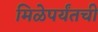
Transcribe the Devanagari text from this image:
मिळेपर्यंतची